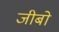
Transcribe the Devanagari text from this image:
जीबो